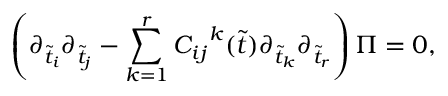
\left( \partial _ { \tilde { t } _ { i } } \partial _ { \tilde { t } _ { j } } - \sum _ { k = 1 } ^ { r } { C _ { i j } } ^ { k } ( \tilde { t } ) \partial _ { \tilde { t } _ { k } } \partial _ { \tilde { t } _ { r } } \right) \Pi = 0 ,